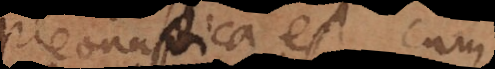
Pleonastica est, cum